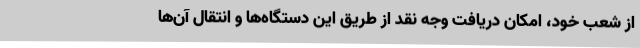
از شعب خود، امکان دریافت وجه نقد از طریق این دستگاه‌ها و انتقال آن‌ها